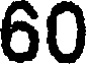
60